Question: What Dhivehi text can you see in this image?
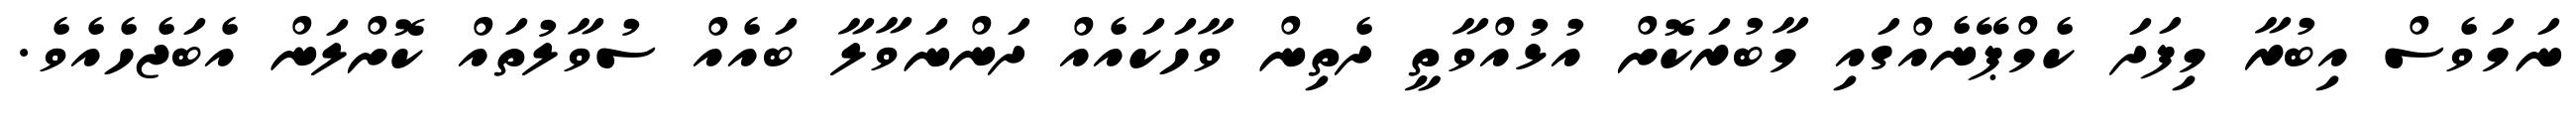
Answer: ނަމަވެސް އިބުރާ މިފަދަ ކެމްޕޭނެއްގައި މާބުރަކޮށް އުޅުއްވާތީ ދެތިން ވާހަކައެއް ދަންނަވާލާ ބައެއް ސުވާލުތައް ކޮށްލަން އެބަޖެހެއެވެ.